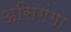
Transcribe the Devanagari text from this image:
असिगंगा